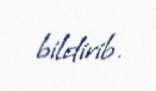
bildirib.